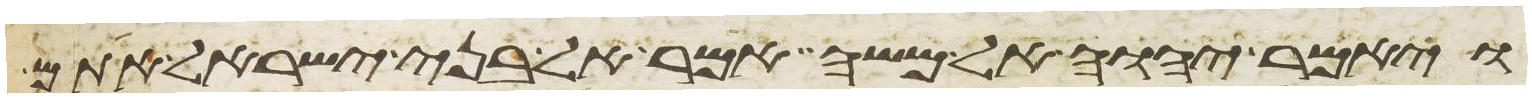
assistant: ויאמר יהוה אל משה אמר אל בני ישראל אתם